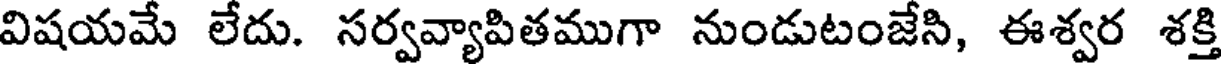
విషయమే లేదు. సర్వవ్యాపితముగా నుండుటంజేసి, ఈశ్వర శక్తి